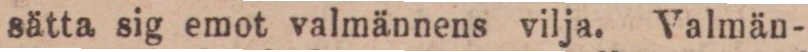
sätta sig emot valmännens vilja. Valmän-